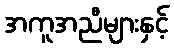
အကူအညီများနှင့်